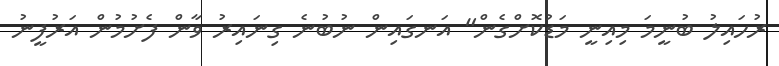
ރުހައިލު ބުނީމަ މިއިނީ މަޑުކޮށްގެން" އަނގައިން ނުބުނެ ގިނައިރު ވާން ފެށުމުން އަރުފީނު